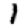
Digit: 1